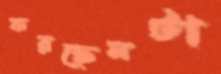
করছেনটা